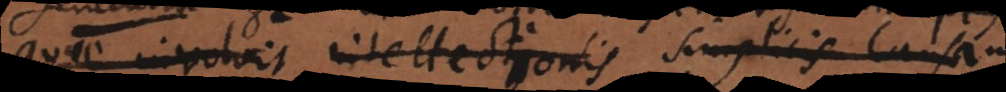
quae involvit intellectionis simplicis causam